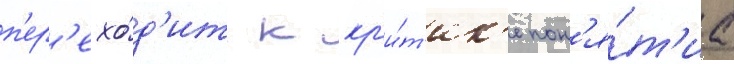
п'ер'ехо́д'ит к кр'и́т'ик'е пон'я́т'иа